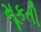
મૂકતી